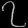
Digit: ၇